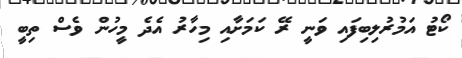
ކޯޓު އަމުރުލިބިފައި ވަނީ ރޭ ކަމަށާއި މިހާރު އެދެ މީހުން ވެސް ތިބީ